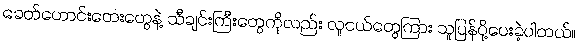
ခေတ်ဟောင်းတေးတွေနဲ့ သီချင်းကြီးတွေကိုလည်း လူငယ်တွေကြား သူပြန်ပို့ပေးခဲ့ပါတယ်။